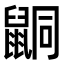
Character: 𪕙